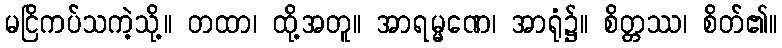
မငြိကပ်သကဲ့သို့။ တထာ၊ ထို့အတူ။ အာရမ္မဏေ၊ အာရုံ၌။ စိတ္တဿ၊ စိတ်၏။